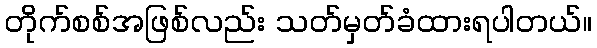
တိုက်စစ်အဖြစ်လည်း သတ်မှတ်ခံထားရပါတယ်။